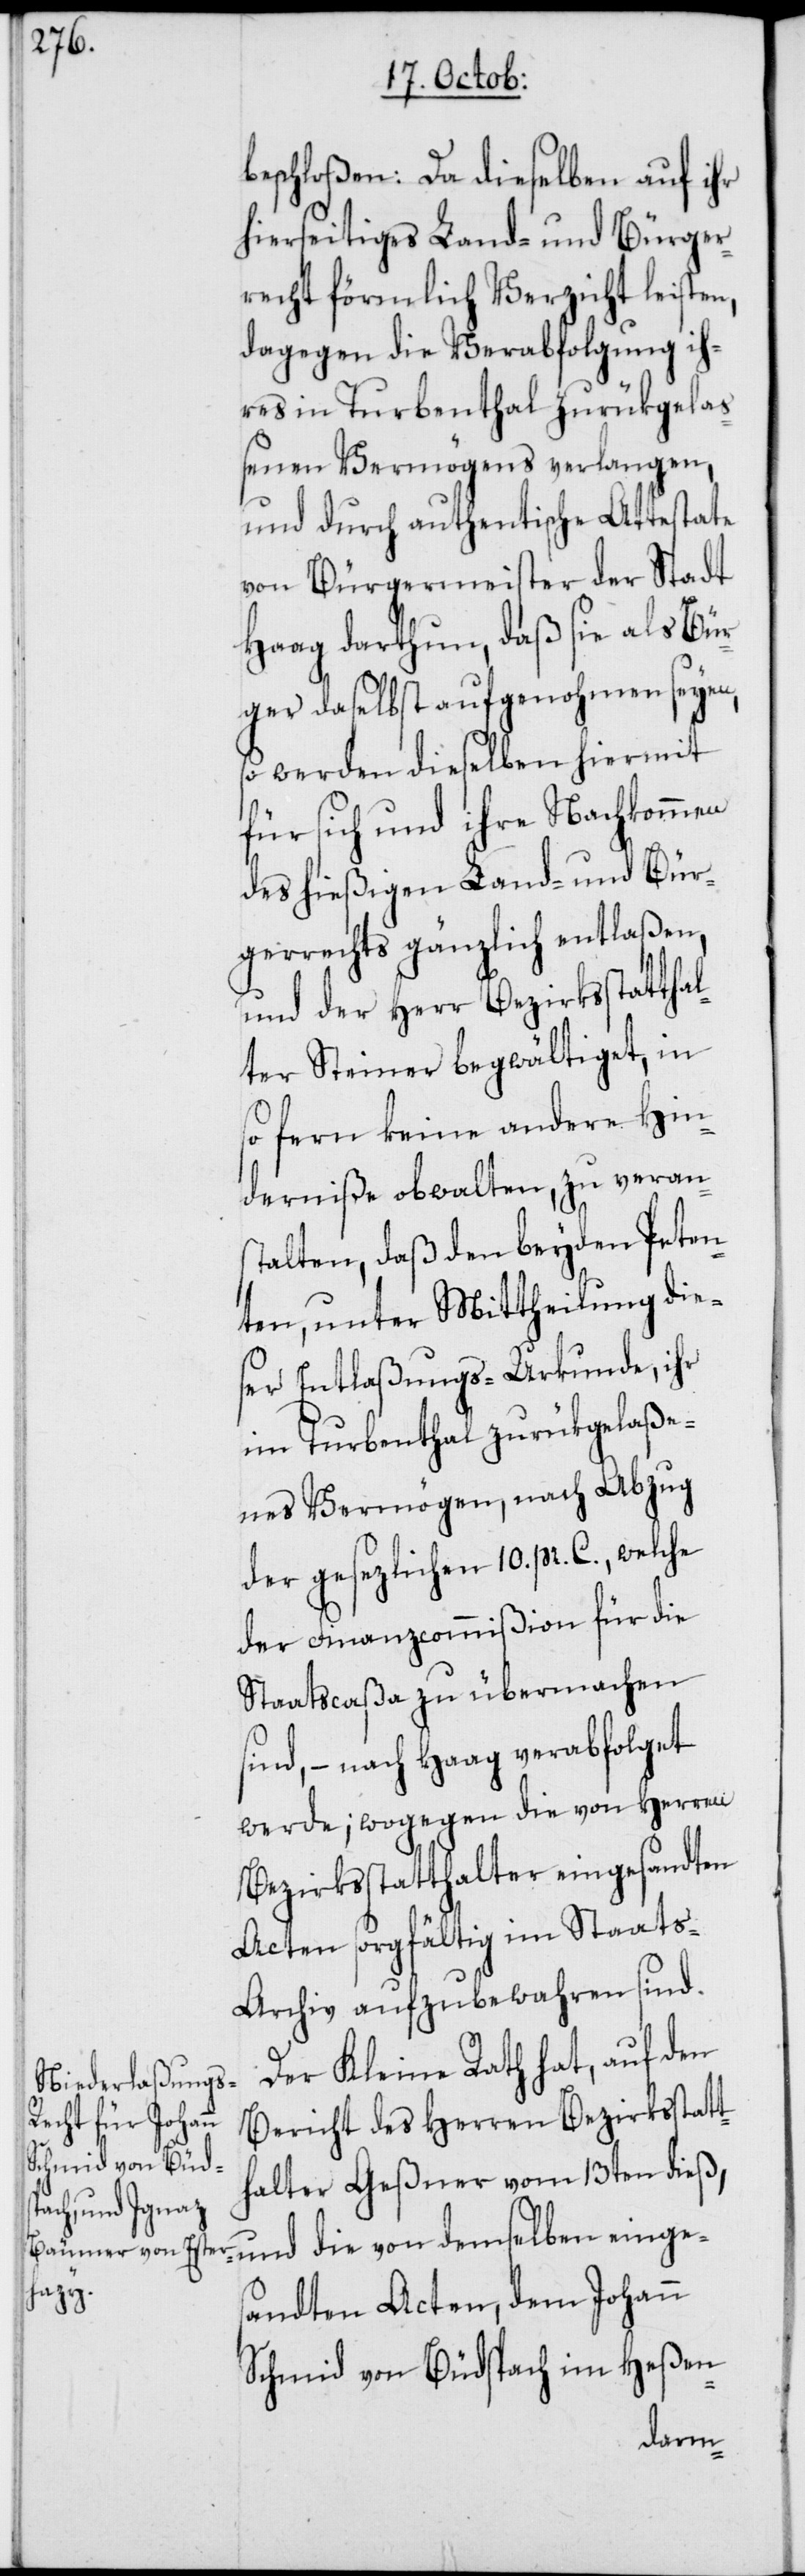
hierseitiges Land- und Bürger¬
recht förmlich Verzicht leisten,
dagegen die Verabfolgung ih¬
res in Turbenthal zurükgela¬
ßenen Vermögens verlangen,
und durch authentische Attestate
von Bürgermeister der Stadt
Haag darthun, daß sie als Bür¬
ger daselbst aufgenohmen seyen,
so werden dieselben hiermit
für sich und ihre Nachkommen
des hießigen Land- und Bür¬
gerrechts gänzlich entlaßen,
und der Herr Bezirksstattha¬
lter Steiner begwältiget, in
so fern keine andere Hin¬
derniße obwalten, zu veran¬
stalten, daß den beyden Peten¬
ten, unter Mittheilung dies¬
er Entlaßungs-Urkunde, ihr
im Turbenthal zurükgelaße¬
nes Vermögen, nach Abzug
der gesezlichen 10. pr. C., welche
der Finanzcommißion für die
Staatscaßa zu übermachen
sind, – nach Haag verabfolget
werde; wogegen die von Herren
Bezirksstatthalter eingesandten
Acten sorgfältig im Staats-A¬
rchiv aufzubewahren sind.
Der Kleine Rath hat, auf den
Bericht des Herren Bezirksstatt¬
halter Geßner vom 13ten dieß,
einges¬
andten Acten, dem Johann
Schmid von Büdspach im Heßen-